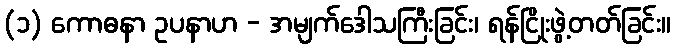
(၁) ကောဓနာ ဥပနာဟ - အမျက်ဒေါသကြီးခြင်း၊ ရန်ငြိုးဖွဲ့တတ်ခြင်း။